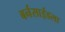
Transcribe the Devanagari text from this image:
बर्नसाईडला